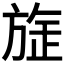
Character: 𭤻